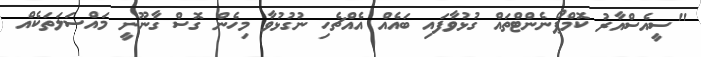
"ސީއެސްއާރު ކޮމްޕޯނެންޓްތައް ގުޅުވާފައި ބައެއް އެއްޗެހި ނުގުޅުވާ މިހެން ގޮސް ގާނޫނީ މައްސަލަތަކެއް